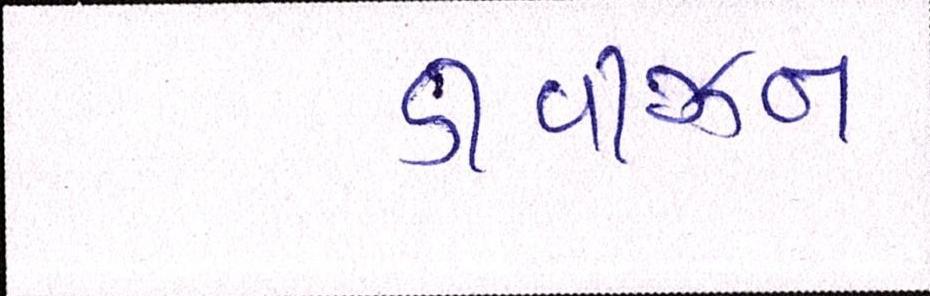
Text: ડીવીઝન